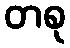
တစု